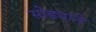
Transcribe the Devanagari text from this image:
सोड्याने